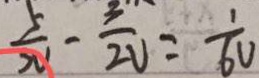
\frac { 5 } { 3 v } - \frac { 3 } { 2 V } = \frac { 1 } { 6 V }